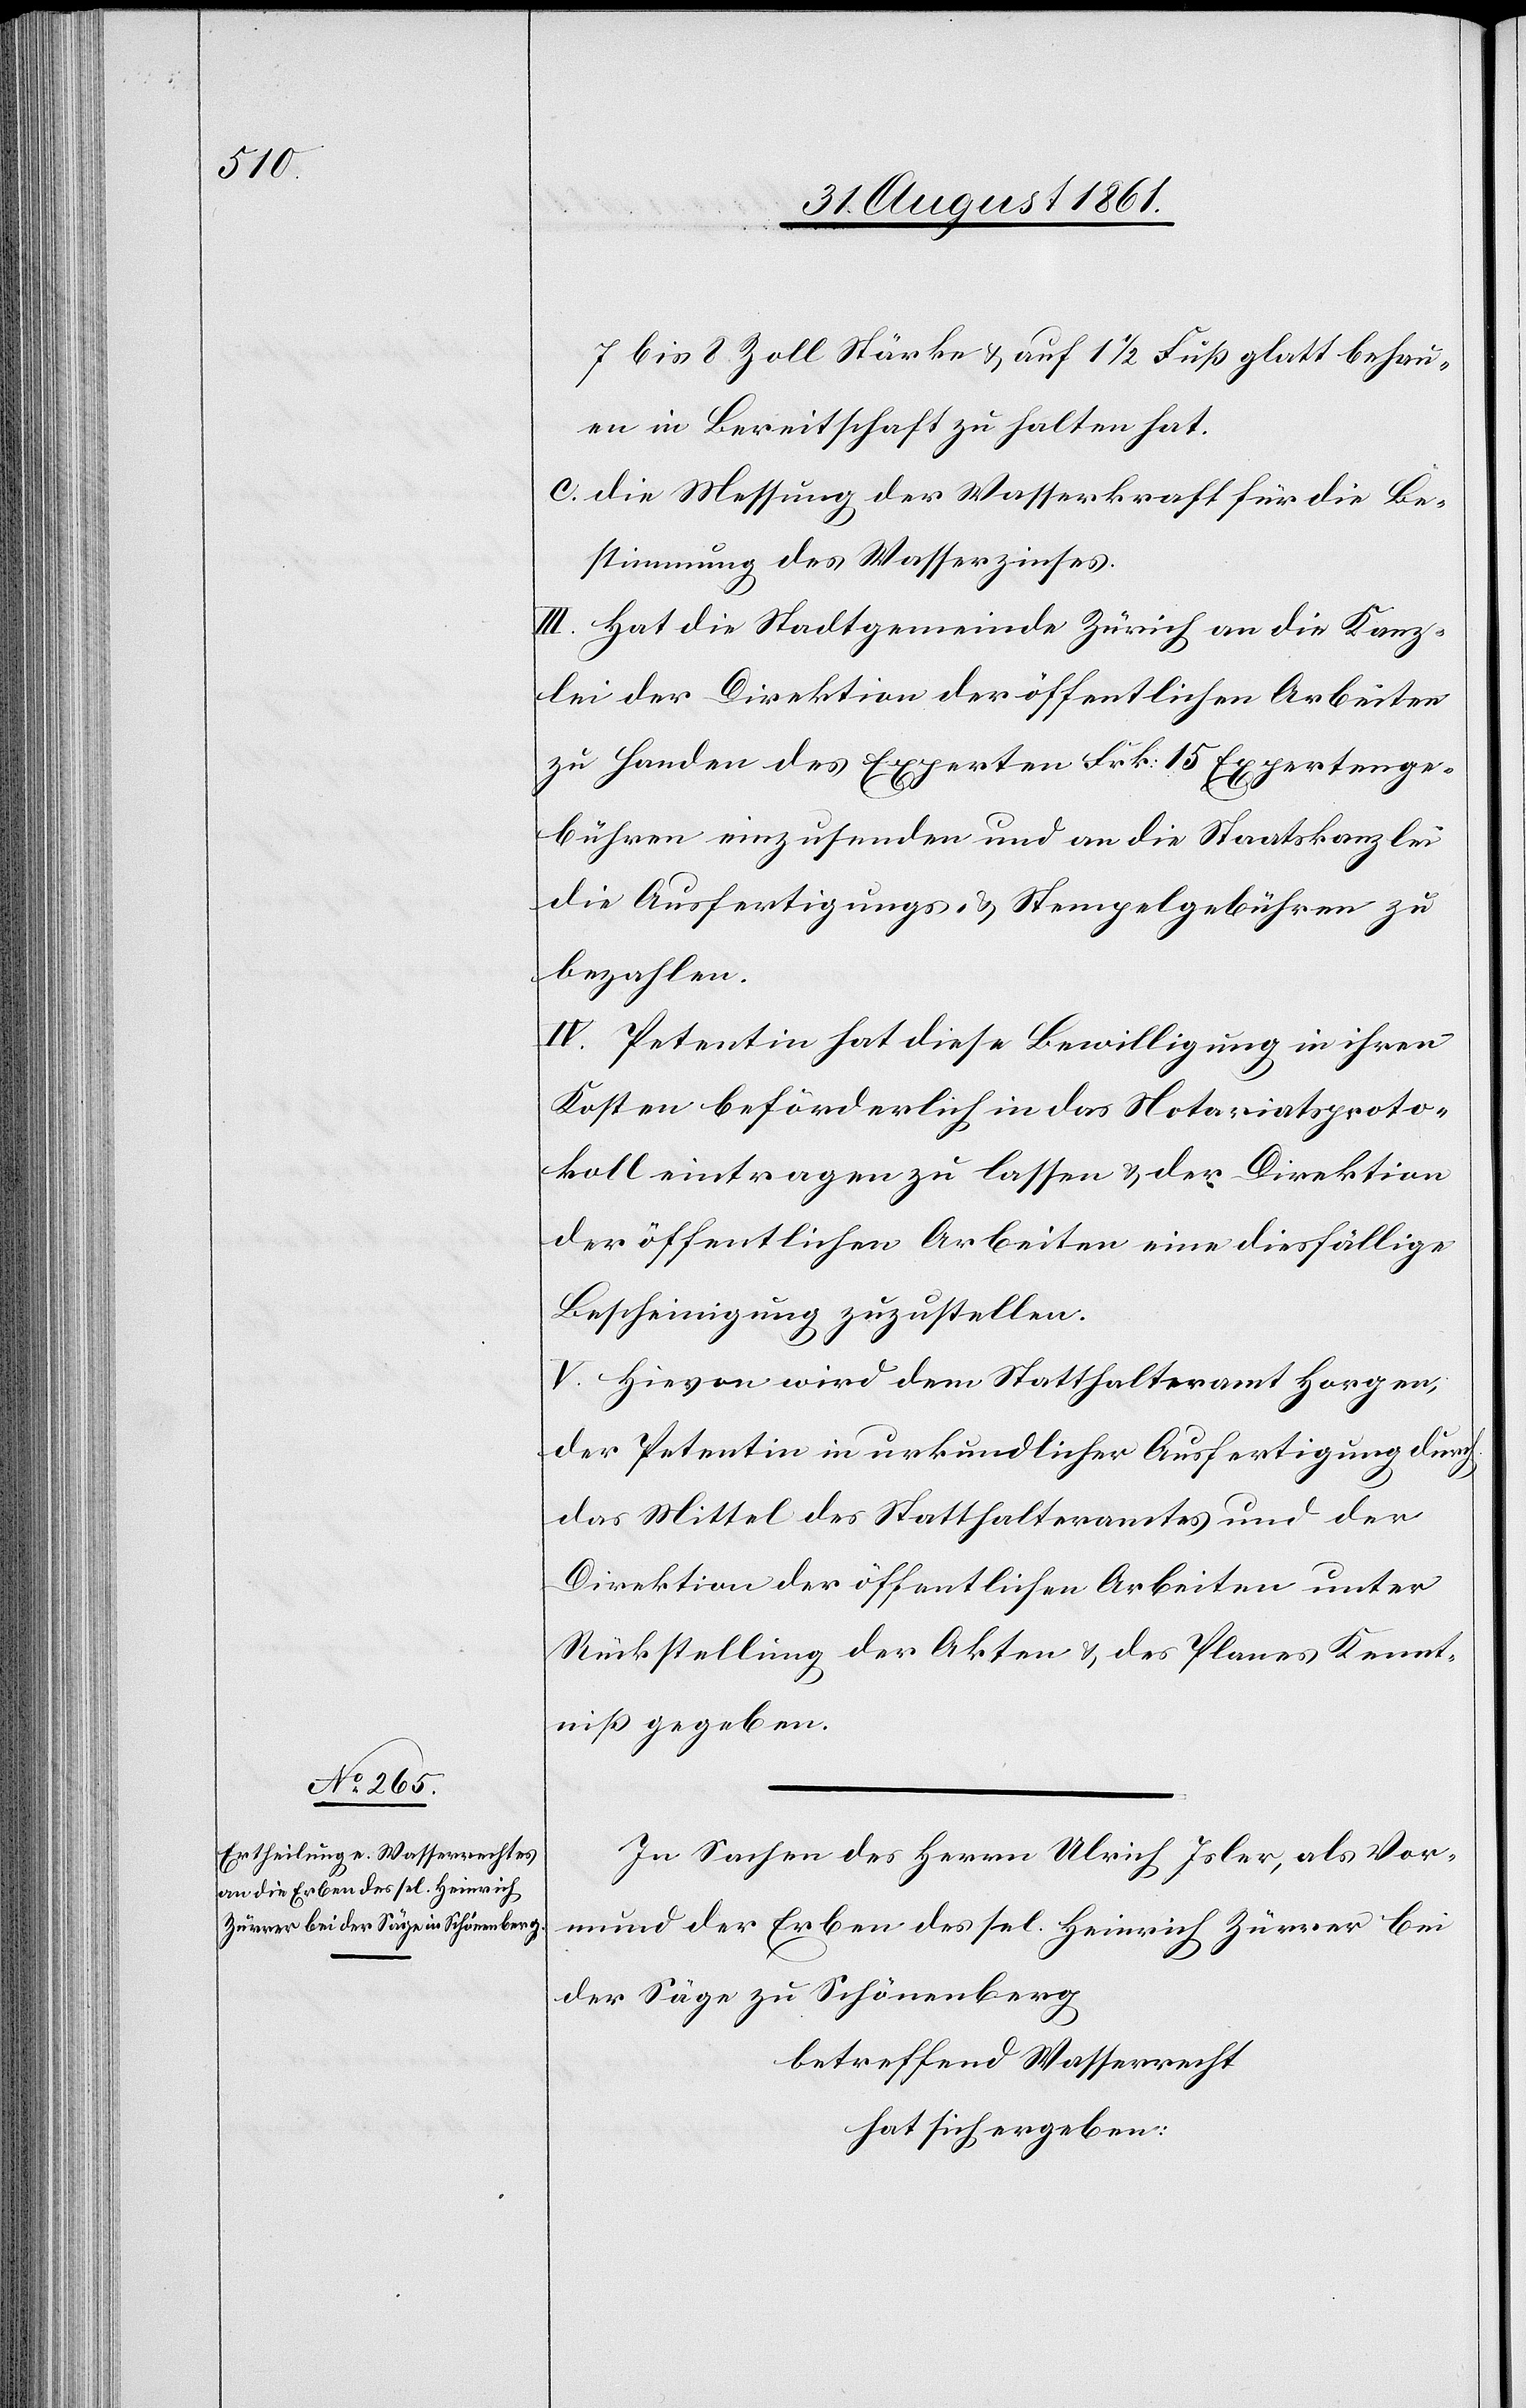
7 bis 8 Zoll Stärke u. auf 1 1/2 Fuß glatt behau¬
en in Bereitschaft zu halten hat.
c. die Messung der Wasserkraft für die Be¬
stimmung des Wasserzinses.
III. Hat die Stadtgemeinde Zürich an die Kanz¬
lei der Direktion der öffentlichen Arbeiten
zu Handen des Experten 15 Frk. Expertenge¬
bühren einzusenden und an die Staatskanzlei
die Ausfertigungs- u. Stempelgebühren zu
bezahlen.
IV. Petentin hat diese Bewilligung in ihren
Kosten beförderlich in das Notariatsproto¬
koll eintragen zu lassen u. der Direktion
der öffentlichen Arbeiten eine diesfällige
Bescheinigung zuzustellen.
V. Hievon wird dem Statthalteramt Horgen,
der Petentin in urkundlicher Ausfertigung durch
das Mittel des Statthalteramtes und der
Direktion der öffentlichen Arbeiten unter
Rückstellung der Akten u. des Planes Kennt¬
niß gegeben.
In Sachen des Herrn Ulrich Isler, als Vor¬
mund der Erben des sel. Heinrich Zürrer bei
der Säge zu Schönenberg
betreffend Wasserrecht
hat sich ergeben: